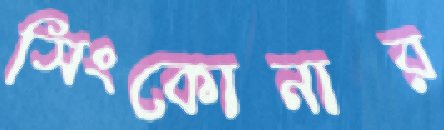
সিংকোনার